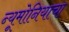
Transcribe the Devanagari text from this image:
न्यूमोनियाचा